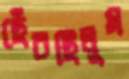
ছেঁচছিলুম